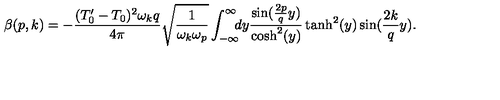
\beta ( p , k ) = - \frac { ( T _ { 0 } ^ { \prime } - T _ { 0 } ) ^ { 2 } \omega _ { k } q } { 4 \pi } \sqrt { \frac { 1 } { \omega _ { k } \omega _ { p } } } \int _ { - \infty } ^ { \infty } \! \! \! d y \frac { \sin ( \frac { 2 p } { q } y ) } { \mathrm { c o s h } ^ { 2 } ( y ) } \tanh ^ { 2 } ( y ) \sin ( \frac { 2 k } { q } y ) .